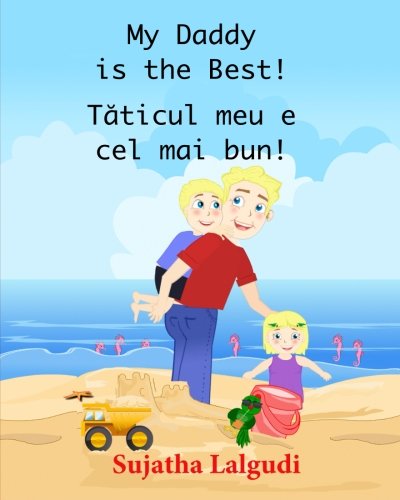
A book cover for Children's Romanian book: My Daddy is the best. Taticul meu e cel mai bun: (Romanian Edition) Kids book in Romanian. (Bilingual Edition) English ... picture books for children) (Volume 7); Sujatha Lalgudi; Children's Books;